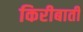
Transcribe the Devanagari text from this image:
किरीबाती